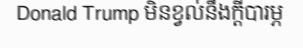
Donald Trump មិនខ្វល់នឹងក្តីបារម្ភ